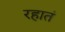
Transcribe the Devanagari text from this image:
रहातं